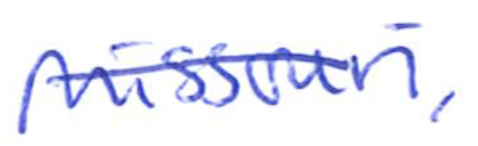
Text: Missouri,
Cross-out: single-line
Writing tool: ballpoint